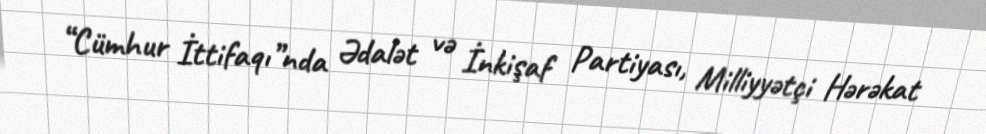
“Cümhur İttifaqı”nda Ədalət və İnkişaf Partiyası, Milliyyətçi Hərəkat